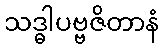
သဒ္ဓါပဗ္ဗဇိတာနံ